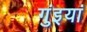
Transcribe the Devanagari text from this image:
गुंइयां